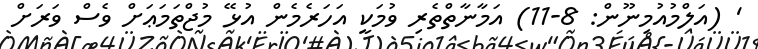
' (އަލްމުއުމިނޫން: 8-11) އަމާނާތްތެރި ވުމަކީ އަހަރެމެން އުޅޭ މުޖްތަމަޢަށް ވެސް ވަރަށް